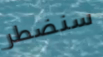
سنضطر